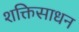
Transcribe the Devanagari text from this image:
शक्तिसाधन